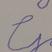
Signature authenticity: forged